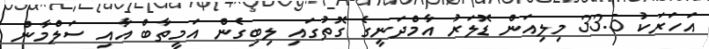
އަހަރަކު 33.5 މިލިއަން ޑޮލަރު އާމްދަނީގެ ގޮތުގައި ލިބިގެން އަމީތާބް އާއި ސަލްމާން